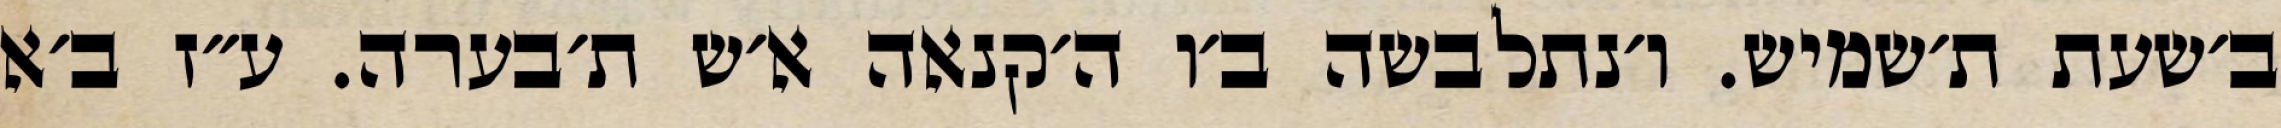
ב׳שעת ת׳שמיש. ו׳נתלבשה ב׳ו ה׳קנאה א׳ש ת׳בערה. ע״ז ב׳א